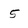
Character: 5